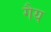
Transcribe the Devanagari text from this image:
गैय